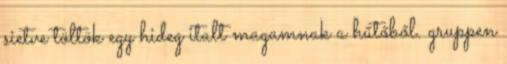
sietve töltök egy hideg italt magamnak a hűtőből. gruppen